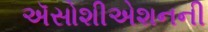
ઍસોશીએશનની